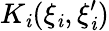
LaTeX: K_{\mathit{i}}(\xi_{\mathit{i}},\xi_{\mathit{i}}^{\prime})